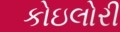
કોઇલોરી